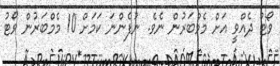
ވޯޓު ދެއްވީ އަށް މެމްބަރުން ނެވެ. ނުފެންނަ ކަަމަށް 10 މެމްބަރުން ވޯޓު